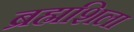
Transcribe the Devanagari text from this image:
ब्रह्मशिला